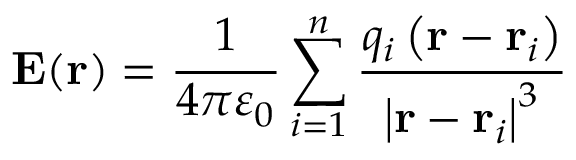
\mathbf { E ( r ) } = { \frac { 1 } { 4 \pi \varepsilon _ { 0 } } } \sum _ { i = 1 } ^ { n } { \frac { q _ { i } \left( \mathbf { r } - \mathbf { r } _ { i } \right) } { \left| \mathbf { r } - \mathbf { r } _ { i } \right| ^ { 3 } } }